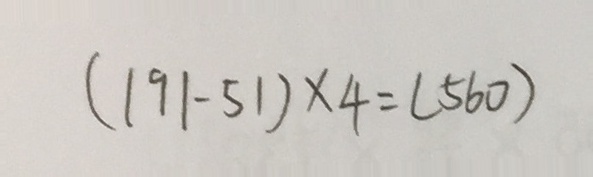
( 1 9 1 - 5 1 ) \times 4 = ( 5 6 0 )